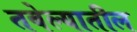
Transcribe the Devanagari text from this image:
तबेल्यातील